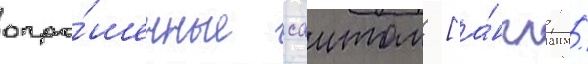
опро́шенные саитом [а́нгл. /